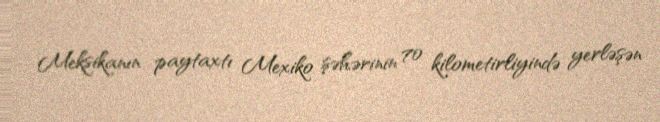
Meksikanın paytaxtı Mexiko şəhərinin 70 kilometirliyində yerləşən